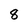
Character: 8